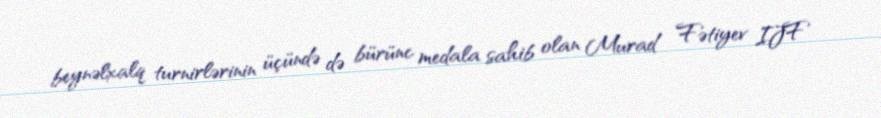
beynəlxalq turnirlərinin üçündə də bürünc medala sahib olan Murad Fətiyev IJF